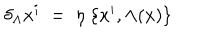
LaTeX: \delta _ { \Lambda } x ^ { i } \; = \; \eta \; \{ x ^ { i } , \Lambda ( x ) \}